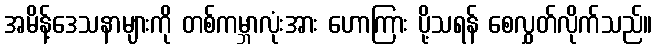
အမိန့်ဒေသနာများကို တစ်ကမ္ဘာလုံးအား ဟောကြား ပို့သရန် စေလွှတ်လိုက်သည်။